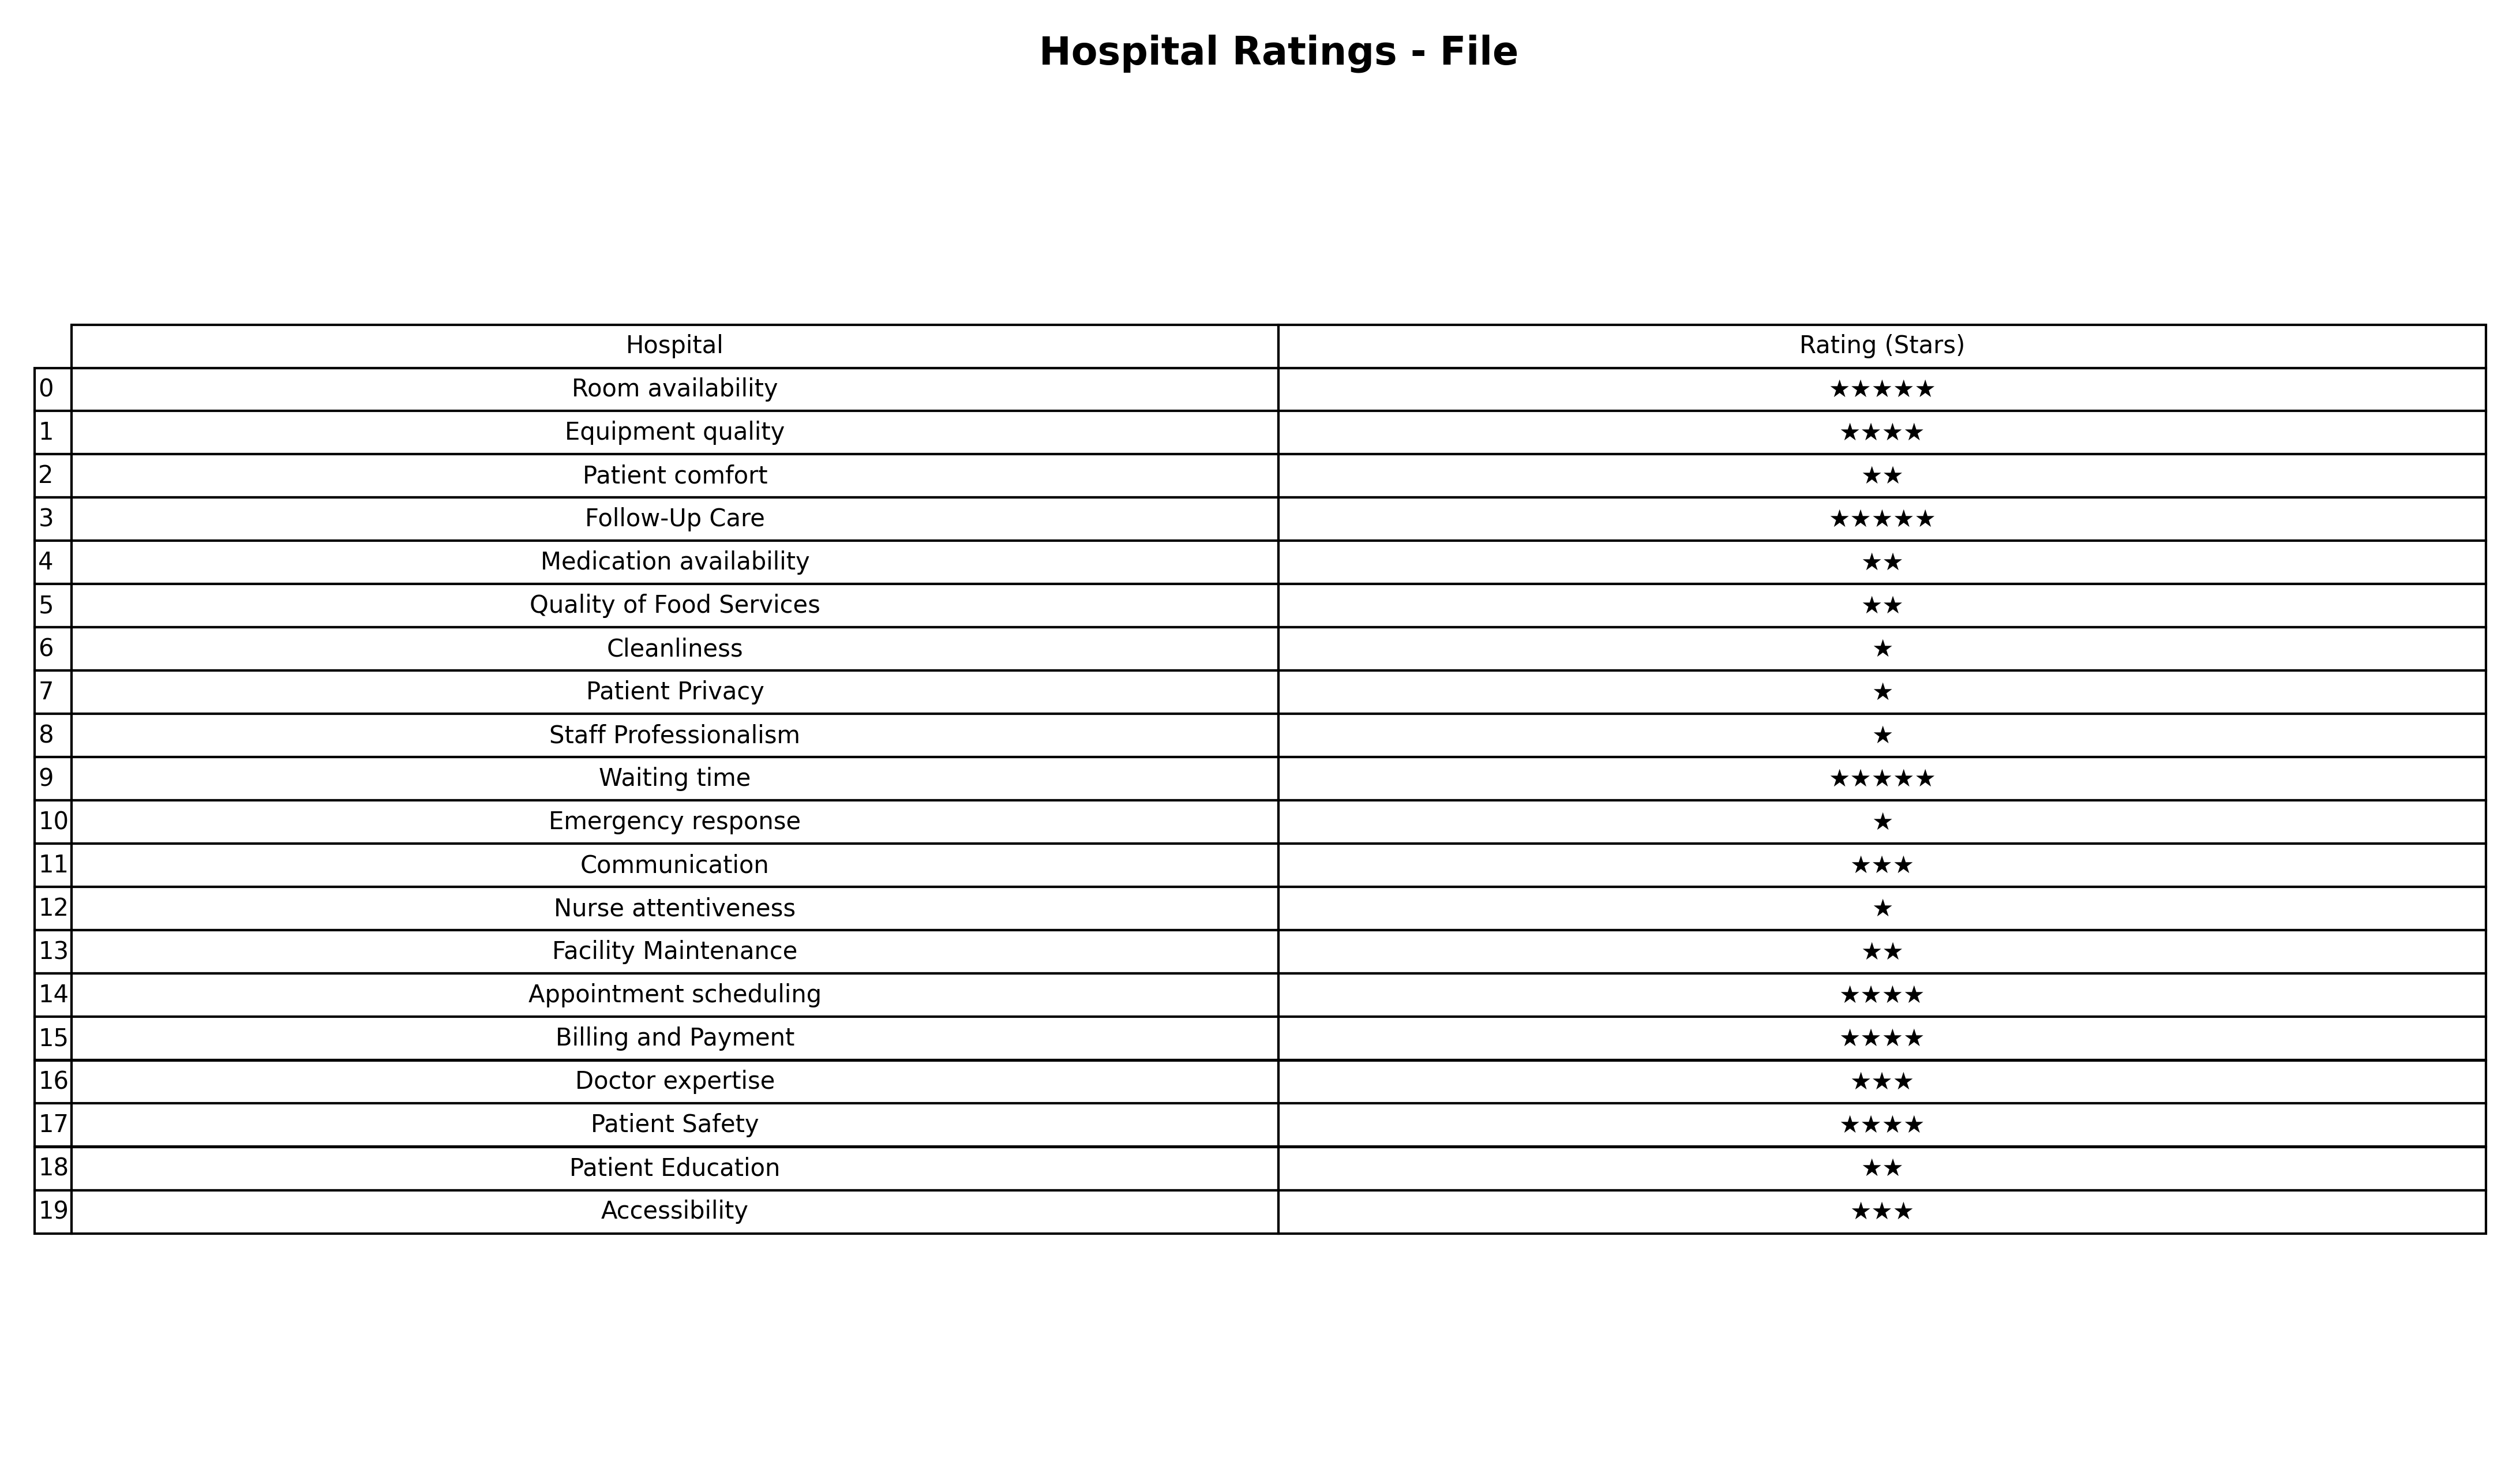
question: What is the rating of Cleanliness?
answer: ★